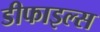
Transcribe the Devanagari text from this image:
डीफाइल्स